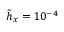
\tilde { h } _ { x } = 1 0 ^ { - 4 }